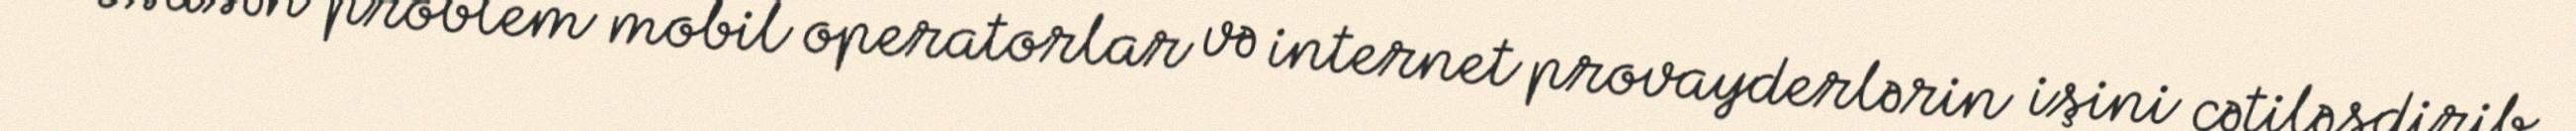
Əsasən problem mobil operatorlar və internet provayderlərin işini çətiləşdirib,